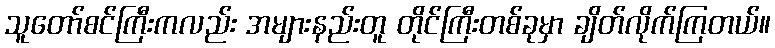
သူတော်စင်ကြီးကလည်း အများနည်းတူ တိုင်ကြီးတစ်ခုမှာ ချိတ်လိုက်ကြတယ်။